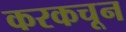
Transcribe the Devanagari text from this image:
करकचून